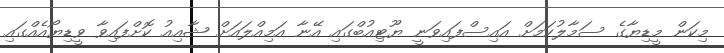
މިކަން މީޑިޔާގެ ސަމާލުކަމަށް އައިސްފައިވަނީ ޔޫޓިއުބްގައި އޭނާ އަމިއްލައަށް ޝާއިއު ކޮށްފައިވާ ވީޑިޔޯއެއްގައި